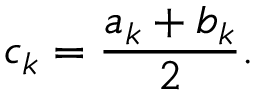
c _ { k } = { \frac { a _ { k } + b _ { k } } { 2 } } .